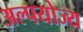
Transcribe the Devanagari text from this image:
अल्पयोज्य